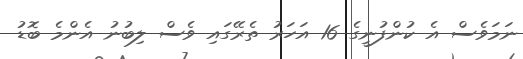
ނަމަވެސް އެ ކުންފުނީގެ 16 އަހަރު ތެރޭގައި ވެސް ލިބުނު އެންމެ ބޮޑު